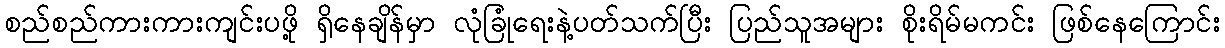
စည်စည်ကားကားကျင်းပဖို့ ရှိနေချိန်မှာ လုံခြုံရေးနဲ့ပတ်သက်ပြီး ပြည်သူအများ စိုးရိမ်မကင်း ဖြစ်နေကြောင်း